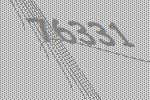
76331